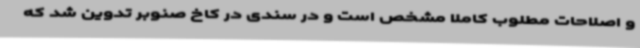
و اصلاحات مطلوب کاملا مشخص است و در سندی در کاخ صنوبر تدوین شد که